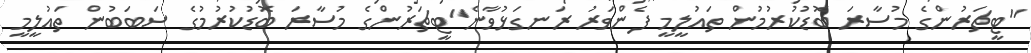
"ޓީޗަރުންގެ މުސާރަ ބޮޑުކުރުމުން ތައުލީމީ ފެންވަރު ރަނގަޅުުވާނެ"ޓީޗަރުންގެ މުސާރަ ބޮޑުކުރުމުގެ ސަބަބުން ތައުލީމީ